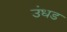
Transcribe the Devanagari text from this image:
उंधड